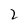
Character: 2